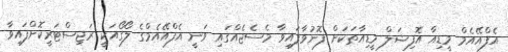
އެފްއޭއެމް މީޑިއާ އޮފިޝަލް މީޑިއާތަކަށް ފޮނުވާފައިވާ މެސެޖެއްގައި ވަނީ އެފްއޭއެމްގެ ލޯގޯއަކީ ރަޖިސްޓަރީކޮށްފައިވާ